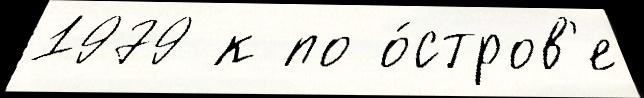
1979 к по о́стров'е